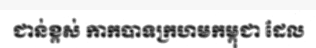
ជាន់ខ្ពស់ កាកបាទក្រហមកម្ពុជា ដែល